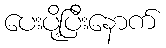
ပေးပို့ပြီးနောက်